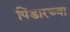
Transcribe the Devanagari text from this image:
पिंडारच्या